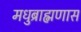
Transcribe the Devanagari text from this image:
मधुब्राह्मणास